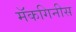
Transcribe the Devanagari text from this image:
मॅकगिनीस